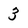
Character: 3